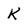
Character: K